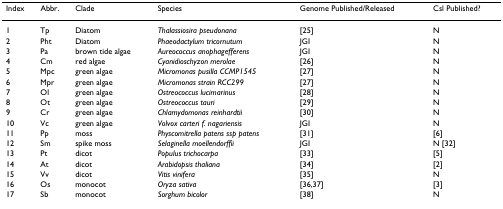
<table><thead><tr><td><b>Index</b></td><td><b>Abbr.</b></td><td><b>Clade</b></td><td><b>Species</b></td><td><b>Genome Published/Released</b></td><td><b>Csl Published?</b></td></tr></thead><tbody><tr><td>1</td><td>Tp</td><td>Diatom</td><td><i>Thalassiosira pseudonana</i></td><td>[25]</td><td>N</td></tr><tr><td>2</td><td>Pht</td><td>Diatom</td><td><i>Phaeodactylum tricornutum</i></td><td>JGI</td><td>N</td></tr><tr><td>3</td><td>Pa</td><td>brown tide algae</td><td><i>Aureococcus anophagefferens</i></td><td>JGI</td><td>N</td></tr><tr><td>4</td><td>Cm</td><td>red algae</td><td><i>Cyanidioschyzon merolae</i></td><td>[26]</td><td>N</td></tr><tr><td>5</td><td>Mpc</td><td>green algae</td><td><i>Micromonas pusilla CCMP1545</i></td><td>[27]</td><td>N</td></tr><tr><td>6</td><td>Mpr</td><td>green algae</td><td><i>Micromonas strain RCC299</i></td><td>[27]</td><td>N</td></tr><tr><td>7</td><td>Ol</td><td>green algae</td><td><i>Ostreococcus lucimarinus</i></td><td>[28]</td><td>N</td></tr><tr><td>8</td><td>Ot</td><td>green algae</td><td><i>Ostreococcus tauri</i></td><td>[29]</td><td>N</td></tr><tr><td>9</td><td>Cr</td><td>green algae</td><td><i>Chlamydomonas reinhardtii</i></td><td>[30]</td><td>N</td></tr><tr><td>10</td><td>Vc</td><td>green algae</td><td><i>Volvox carteri f. nagariensis</i></td><td>JGI</td><td>N</td></tr><tr><td>11</td><td>Pp</td><td>moss</td><td><i>Physcomitrella patens ssp patens</i></td><td>[31]</td><td>[6]</td></tr><tr><td>12</td><td>Sm</td><td>spike moss</td><td><i>Selaginella moellendorffii</i></td><td>JGI</td><td>N [32]</td></tr><tr><td>13</td><td>Pt</td><td>dicot</td><td><i>Populus trichocarpa</i></td><td>[33]</td><td>[5]</td></tr><tr><td>14</td><td>At</td><td>dicot</td><td><i>Arabidopsis thaliana</i></td><td>[34]</td><td>[2]</td></tr><tr><td>15</td><td>Vv</td><td>dicot</td><td><i>Vitis vinifera</i></td><td>[35]</td><td>N</td></tr><tr><td>16</td><td>Os</td><td>monocot</td><td><i>Oryza sativa</i></td><td>[36,37]</td><td>[3]</td></tr><tr><td>17</td><td>Sb</td><td>monocot</td><td><i>Sorghum bicolor</i></td><td>[38]</td><td>N</td></tr></tbody></table>